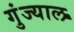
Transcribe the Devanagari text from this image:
गुंज्याल